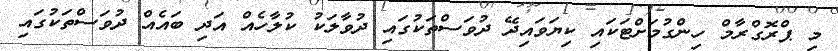
މި ޕްރޮގްރާމް ހިންގުމަށްޓަކައި ކިޔަވައިދޭ ދުވަސްތަކުގައި ދުވާލަކު ކުލާހެއް އަދި ބައެއް ދުވަސްތަކުގައި